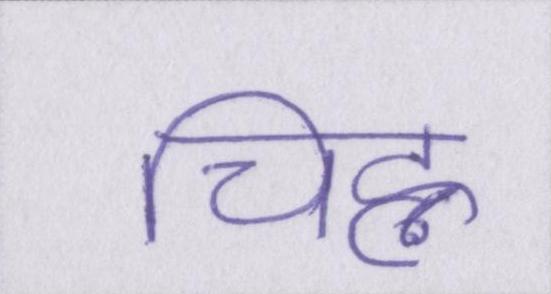
चिह्न